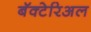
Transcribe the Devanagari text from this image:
बॅक्टेरिअल